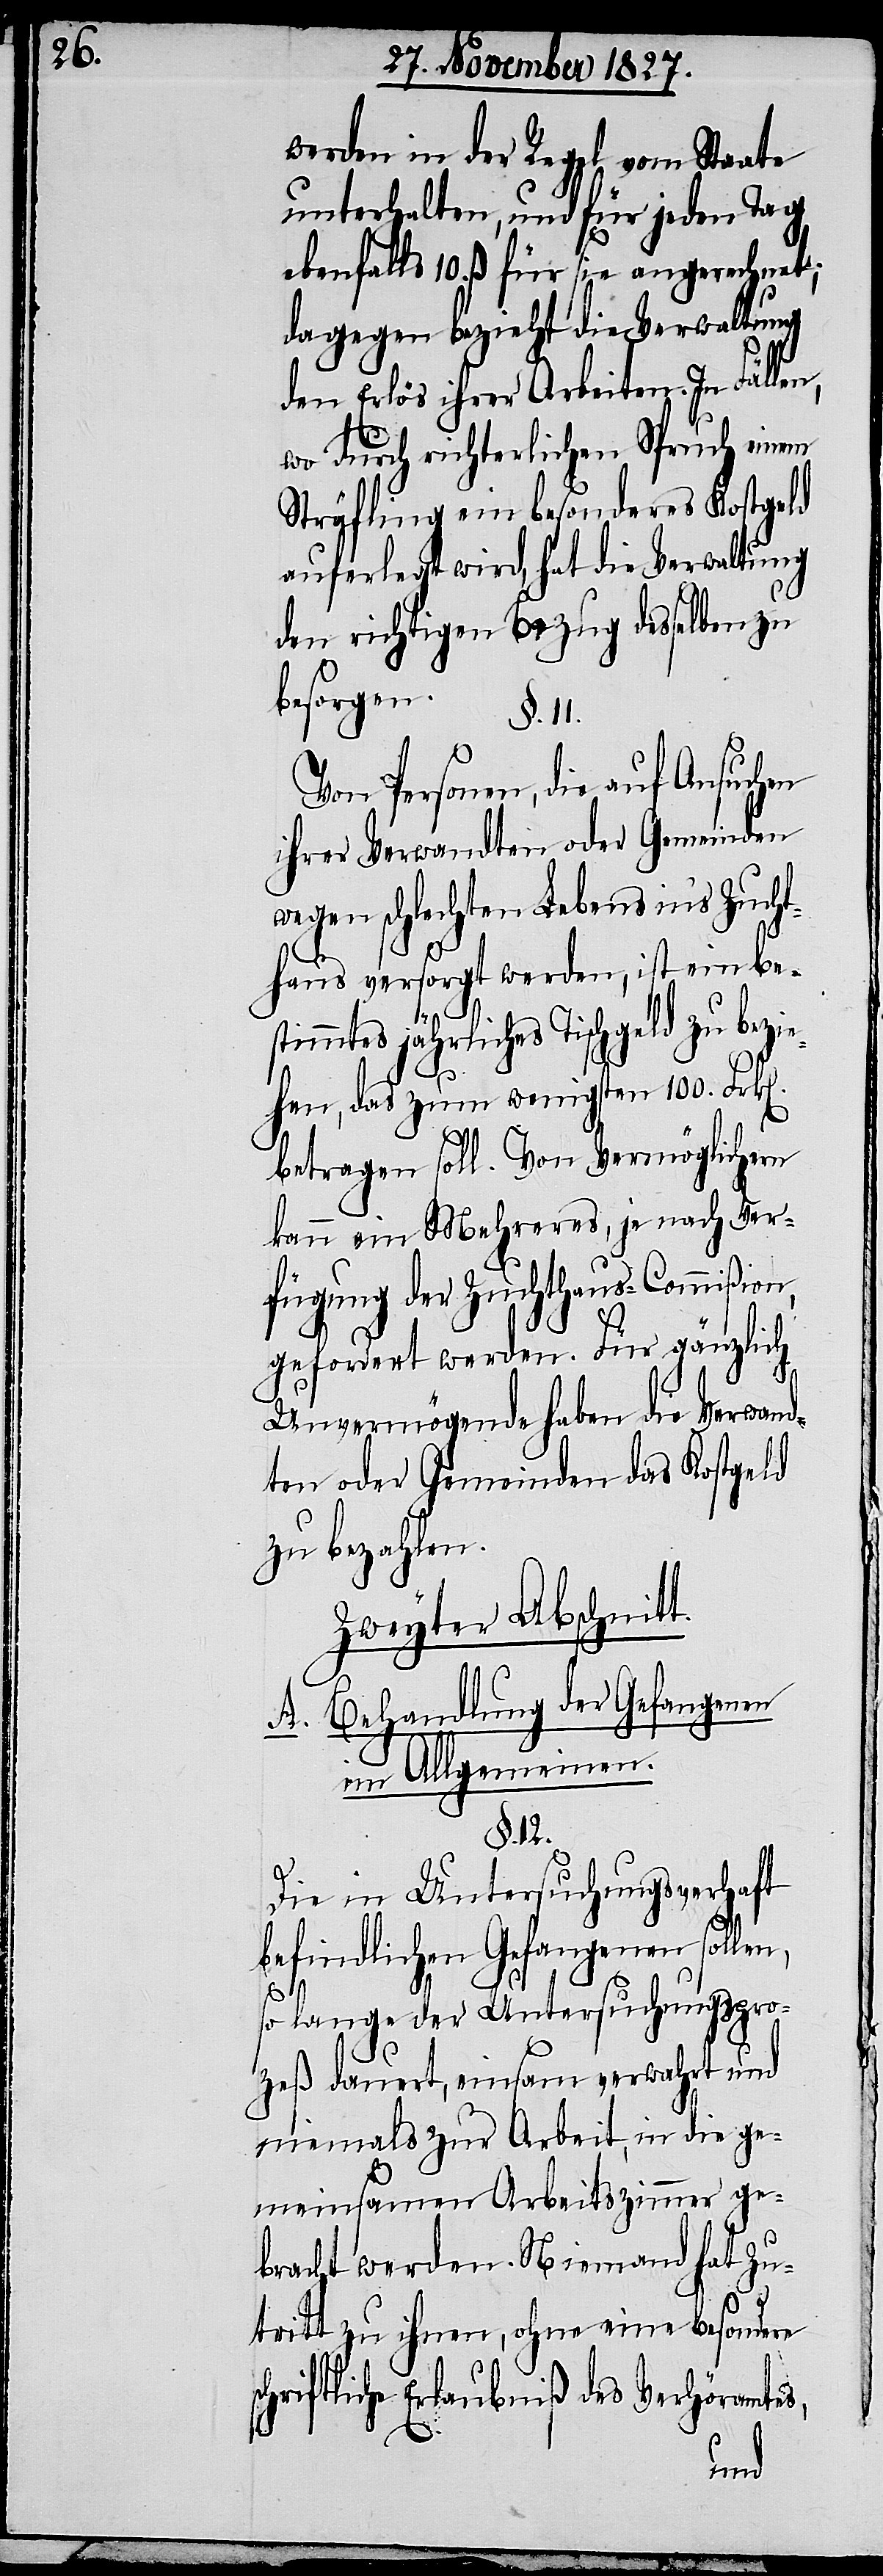
in der Regel vom Staate
unterhalten, und für jeden Tag
ebenfalls 10. ß. für sie angerechnet;
dagegen bezieht die Verwaltung
den Erlös ihrer Arbeiten. In Fällen,
wo durch richterlichen Spruch einem
Sträfling ein besonderes Kostgeld
auferlegt wird, hat die Verwaltung
den richtigen Bezug desselben zu
besorgen.
§. 11.
Von Personen, die auf Ansuchen
ihrer Verwandten oder Gemeinden
wegen schlechten Lebens in’s Zucht¬
haus versorgt werden, ist ein be¬
s¬
stimmtes jährliches Tischgeld zu bezie¬
hen, das zum wenigsten 100. Frk[e¬
n,
betragen soll. Von Vermöglichen
kann ein Mehreres, je nach Ver¬
fügung der Zuchthaus-Commißion,
gefordert werden. Für gänzlich
Unvermögende haben die Verwand¬
ten oder Gemeinden das Kostgeld
zu bezahlen.
Zweyter Abschnitt.
A. Behandlung der Gefangenen
im Allgemeinen.
§. 12.
Die in Untersuchungsverhaft
befindlichen Gefangenen solle¬
so lange der Untersuchungspro¬
zeß dauert, einsam verwahrt und
niemals zur Arbeit, in die ge¬
meinsamen Arbeitszimmer ge¬
bracht werden. Niemand hat Zu¬
tritt zu ihnen, ohne eine besondere
chriftliche Erlaubniß des Verhöramtes,